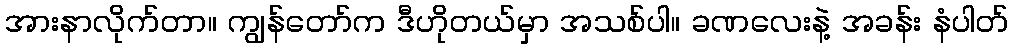
အားနာလိုက်တာ။ ကျွန်တော်က ဒီဟိုတယ်မှာ အသစ်ပါ။ ခဏလေးနဲ့ အခန်း နံပါတ်